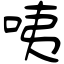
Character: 咦